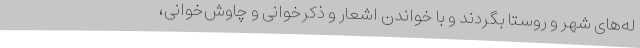
له‌های شهر و روستا بگردند و با خواندن اشعار و ذکرخوانی و چاوُش‌خوانی،